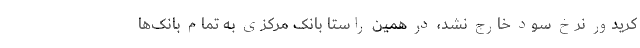
کریدور نرخ سود خارج نشد، در همین راستا بانک مرکزی به تمام بانک‌ها